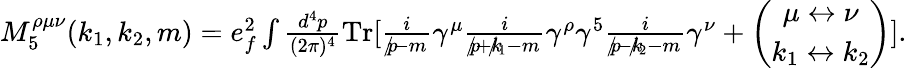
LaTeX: \begin{array}{r}{M_{5}^{\rho\mu\nu}(k_{1},k_{2},m)=e_{f}^{2}\int\frac{d^{4}p}{(2\pi)^{4}}\mathrm{{Tr}}[\frac{i}{p\! \! \! /-m}\gamma^{\mu}\frac{i}{p\! \! \! /+k\! \! \! /_{1}-m}\gamma^{\rho}\gamma^{5}\frac{i}{p\! \! \! /-k\! \! \! /_{2}-m}\gamma^{\nu}+\left(\begin{array}{c}{\mu\leftrightarrow\nu}\\ {k_{1}\leftrightarrow k_{2}}\end{array}\right)].}\end{array}